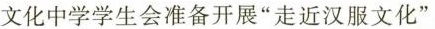
文化中学学生会准备开展”走近汉服文化”